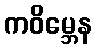
ကဝိမ္ဘေန